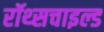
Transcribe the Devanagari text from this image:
रॉथ्सचाइल्ड